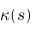
\kappa ( s )